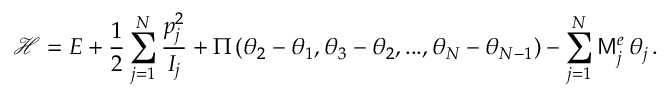
\mathcal { H } = E + \frac { 1 } { 2 } \sum _ { j = 1 } ^ { N } \frac { p _ { j } ^ { 2 } } { I _ { j } } + \Pi \left( \theta _ { 2 } - \theta _ { 1 } , \theta _ { 3 } - \theta _ { 2 } , . . . , \theta _ { N } - \theta _ { N - 1 } \right) - \sum _ { j = 1 } ^ { N } \mathsf { M } _ { j } ^ { e } \, \theta _ { j } \, .